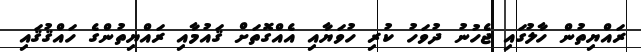
ރައްޔިތުން ހާލުގައި ޖެހުނު ދުވަހު ކުރި ހުވަޔާއި އެއްގޮތަށް ޤައުމާއި ރައްޔިތުންގެ ހައްޤުޤައި